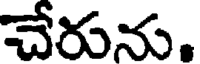
చేరును.